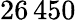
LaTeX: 26\, 450